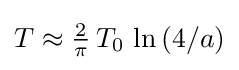
{\textstyle T\approx {\frac {2}{\pi }}\,T_{0}\,\ln {(4/a)}}